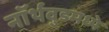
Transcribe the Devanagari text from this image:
नॉर्थवुडमध्ये